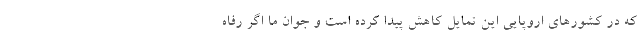
که در کشورهای اروپایی این تمایل کاهش پیدا کرده است و جوان ما اگر رفاه